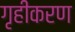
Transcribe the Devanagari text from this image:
गृहीकरण